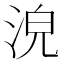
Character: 𣴟